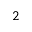
2